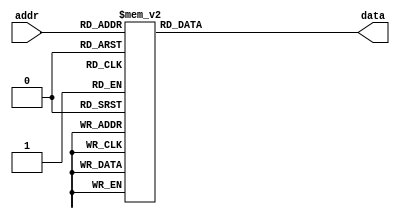
module rom(
	input wire [3:0] addr,
	output reg [7:0] data
);
always @* begin
	case (addr)							// addr data assembler
		4'b0000: data = 8'b0110_0000;	// 0	8'h60	IN B
		4'b0001: data = 8'b1001_0000;	// 1	8'h90	OUT BEGIN
		4'b0010: data = 8'b0011_1101;	// 2	8'h3D	MOV A, 13
		4'b0011: data = 8'b0000_0001;	// 3	8'h01	ADD A, 1
		4'b0100: data = 8'b1110_0011;	// 4	8'hE3	JNC 3
		4'b0101: data = 8'b0101_0001;	// 5	8'h51	ADD B, 1
		4'b0110: data = 8'b1110_0001;	// 6	8'hE1	JNC 1
		4'b0111: data = 8'b1011_0000;	// 7	8'hB0	OUT 0
		4'b1000: data = 8'b1011_1111;	// 8	8'hBF	OUT 15
		4'b1001: data = 8'b1111_0111;	// 9	8'hF7	JMP 7
		default: data = 8'b0000_0000;
	endcase
end


endmodule